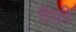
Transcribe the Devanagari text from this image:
चैफ़ी